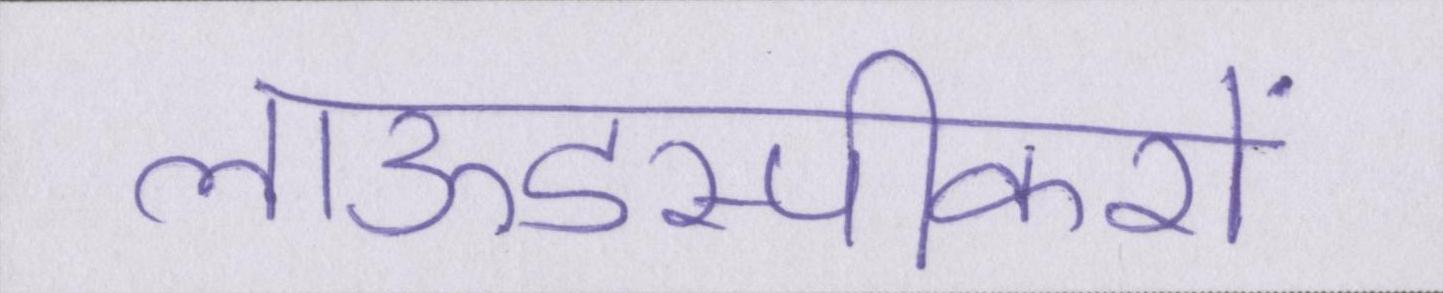
लाऊडस्पीकरों